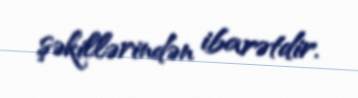
şəkillərindən ibarətdir.